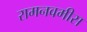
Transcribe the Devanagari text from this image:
रामनवमीस